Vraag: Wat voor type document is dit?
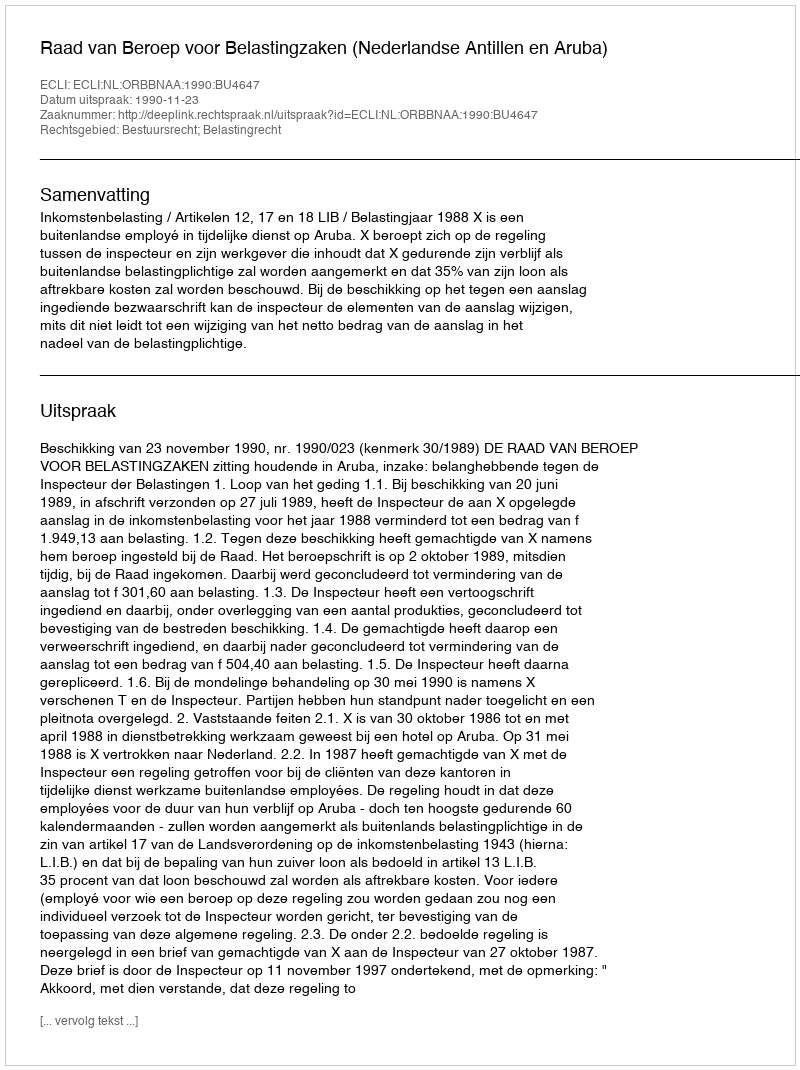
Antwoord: Uitspraak